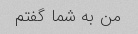
من به شما گفتم